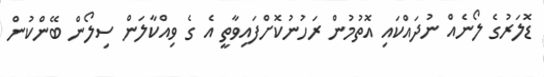
ޑޮލަރުގެ ލޯނެއް ނުދައްކައި އޮތުމުން ރަހުނުކޮށްފައިވާތީ އެ ގެ ވިއްކާލަން ސިލޯން ބޭންކުން